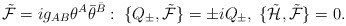
\begin{align*}{\tilde {\cal F}}=ig_{AB}\theta^A{\bar\theta}^{\bar B}:\; \{Q_\pm, {\tilde{\cal F}}\}=\pm i Q_\pm, \;\{{\tilde{\cal H}}, {\tilde{\cal F}}\}=0.\end{align*}